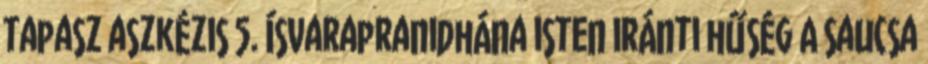
tapasz aszkézis 5. ísvarapranidhána isten iránti hűség A saucsa